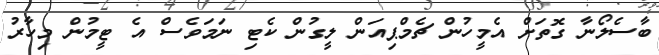
ބާސެލޯނާ ގޮތަށް އެމީހުން ޗެމްޕިއަން ލީގުން ކެޓި ނަމަވެސް އެ ޓީމުން މިހާރު